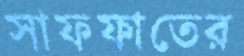
সাফফাতের